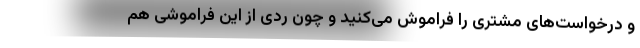
و درخواست‌های مشتری را فراموش می‌کنید و چون ردی از این فراموشی هم